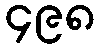
၄၉၈